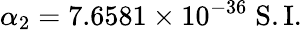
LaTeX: \alpha_{2}=7.6581\times 10^{-36}\; \mathrm{S.I.}